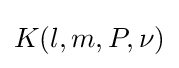
K(l,m,P,\nu )